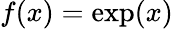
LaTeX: f(x)=\exp(x)